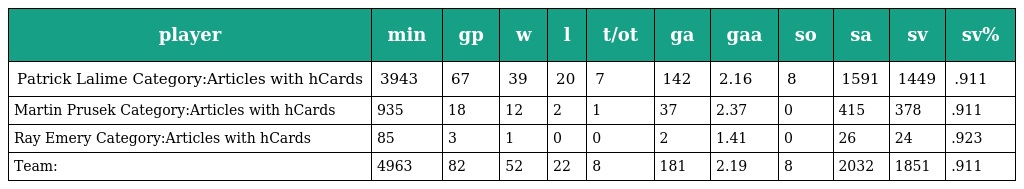
| player | min | gp | w | l | t/ot | ga | gaa | so | sa | sv | sv% |
 | --- | --- | --- | --- | --- | --- | --- | --- | --- | --- | --- | --- |
 | Patrick Lalime Category:Articles with hCards | 3943 | 67 | 39 | 20 | 7 | 142 | 2.16 | 8 | 1591 | 1449 | .911 |
 | Martin Prusek Category:Articles with hCards | 935 | 18 | 12 | 2 | 1 | 37 | 2.37 | 0 | 415 | 378 | .911 |
 | Ray Emery Category:Articles with hCards | 85 | 3 | 1 | 0 | 0 | 2 | 1.41 | 0 | 26 | 24 | .923 |
 | Team: | 4963 | 82 | 52 | 22 | 8 | 181 | 2.19 | 8 | 2032 | 1851 | .911 |